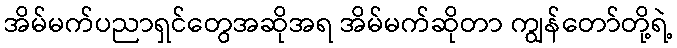
အိမ်မက်ပညာရှင်တွေအဆိုအရ အိမ်မက်ဆိုတာ ကျွန်တော်တို့ရဲ့